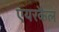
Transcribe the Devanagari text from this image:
एयरकैल